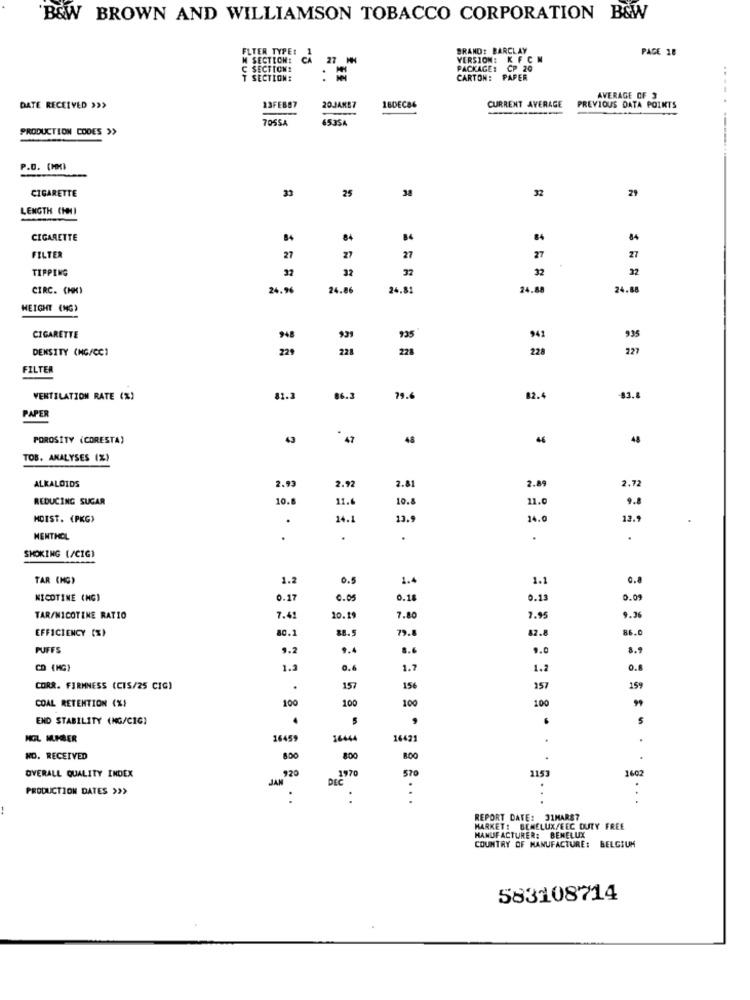
'B&W BROWN AND WILLIAMSON TOBACCO CORPORATION B&W
FLYER TYPE:
BRAND: BARCLAY
PAGE 18
M SECTION:
27 MN
VERSION: K FCN
C SECTIONE
PACKAGE: CP 20
T SECTION:
CARTON: PAPER
CURRENT AVERAGE
AVERAGE OF 3
DATE RECEIVED >>
13FEB87
20JAXB7
18DEC86
PREVIOUS DATA POINTS
7055A
653SA
PRODUCTION CODES >>
-------
P.D. (HOKI
CIGARETTE
25
32
29
LENGTH CHNI
CIGARETTE
84
84
FILTER
27
27
27
27
27
TIPPING
32
32
CIRC. (HK)
24.96
24.86
24.81
24.88
24.88
HEIGHT (MG)
CIGARETTE
948
939
935
941
935
DENSITY (NG/CC)
229
228
228
228
227
FILTER
VENTILATION RATE (%)
81.3
86.3
79.6
82.4
-83.8
PAPER
POROSITY (CORESTA)
43
48
46
48
TOB. ANALYSES (%)
2.8
2.72
ALKALOIDS
2.93
2.92
2.89
REDUCING SUGAR
10.
11.
10.
11.
MDIST. (PKG)
.
14.]
13.
14.0
12.
MENTHOL
.
.
.
.
.
SMOKING [/CIG)
TAR (NG)
1.2
0.5
1.4
1.1
0.8
NICOTINE (NG)
0.17
0.05
0.18
0.13
0.0
TAR/NICOTINE RATIO
7.41
20.19
7.80
7.95
9.36
EFFICIENCY (%)
80.1
88.5
79.8
82.8
86.0
PUFFS
9.2
9.4
8.6
9.0
CO (MG)
1.2
0.6
1.7
1.2
0.8
CORR. FIRMNESS (CIS/25 CIG)
.
157
156
157
159
COAL RETENTION (%)
100
100
100
100
END STABILITY (MG/CIC)
NGL MUMBER
16459
16444
16421
NO. RECEIVED
800
800
BOO
920
570
1153
1602
OVERALL QUALITY INDEX
DEC
1970
PRODUCTION DATES >>>
.
B ..
REPORT DATE: 31MARS7
MARKET: BENELUX/EEC DUTY FREE
MANUFACTURER: BENELUX
COUNTRY OF MANUFACTURE: BELGIUM
583108714